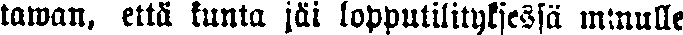
tawan, että kunta jäi lopputilityksessä minulle